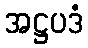
အဋ္ဌပဒံ